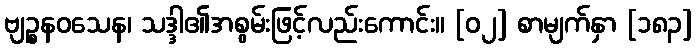
ဗျဉ္စနဝသေန၊ သဒ္ဒါ၏အစွမ်းဖြင့်လည်းကောင်း။ [၀၂] စာမျက်နှာ [၁၈၃]